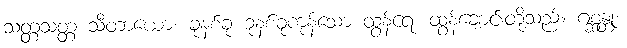
သတ္တသတ္တ သီတာယော၊ ခုနစ်ခု ခုနစ်ခုကုန်သော ထွန်ရေး ထွန်ချောင်းတို့သည်။ ဂစ္ဆန္တု၊